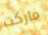
ماركت